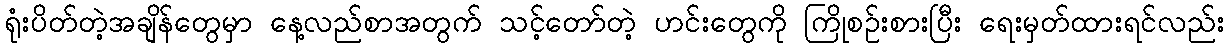
ရုံးပိတ်တဲ့အချိန်တွေမှာ နေ့လည်စာအတွက် သင့်တော်တဲ့ ဟင်းတွေကို ကြိုစဉ်းစားပြီး ရေးမှတ်ထားရင်လည်း